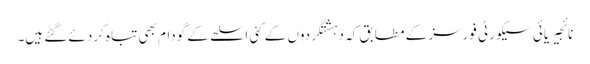
نائجیریائی سیکورٹی فورسز کے مطابق کہ دہشتگردوں کے کئی اسلحے کے گودام بھی تباہ کردئے گئے ہیں۔